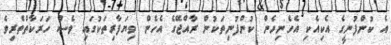
އެ ކުންފުނީގެ އެކިއެކި އެހެނިހެން ކުންފުނިތަކުން ރާއްޖޭގެ އެހެން ވިޔަފާރިތަކުގައި ވެސް ހަރަކާތްތެރިވެ